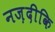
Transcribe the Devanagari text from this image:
नज़दीकि